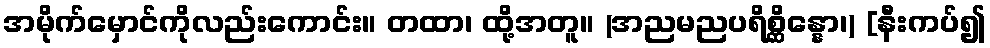
အမိုက်မှောင်ကိုလည်းကောင်း။ တထာ၊ ထို့အတူ။ (အညမညပရိစ္ဆိန္နော၊) [နီးကပ်၍